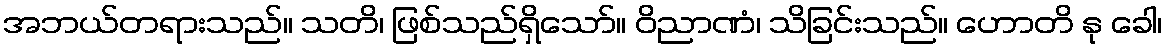
အဘယ်တရားသည်။ သတိ၊ ဖြစ်သည်ရှိသော်။ ဝိညာဏံ၊ သိခြင်းသည်။ ဟောတိ နု ခေါ၊